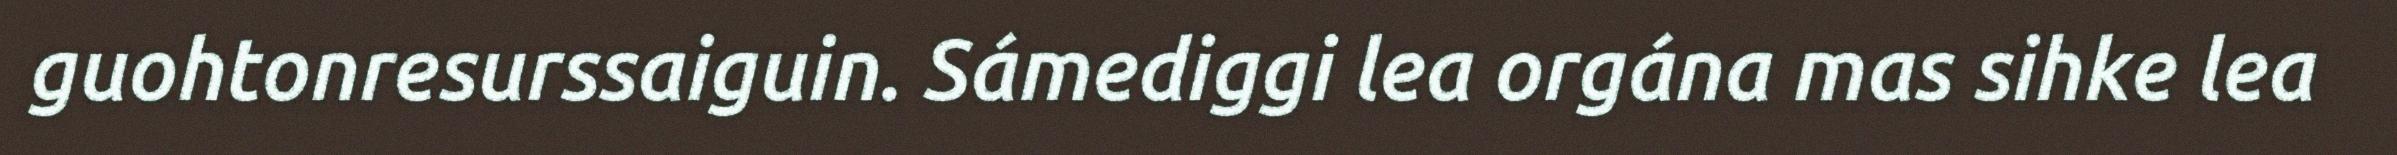
guohtonresurssaiguin. Sámediggi lea orgána mas sihke lea